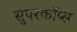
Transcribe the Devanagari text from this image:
सुपरकॉप्स